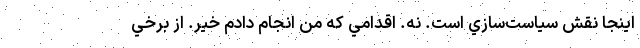
اينجا نقش سياست‌سازي است. نه. اقدامي كه من انجام دادم خير. از برخي